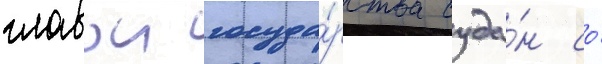
главои госуда́рства суда́н со́